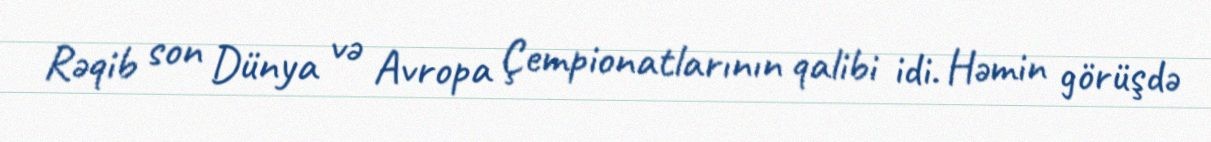
Rəqib son Dünya və Avropa Çempionatlarının qalibi idi. Həmin görüşdə